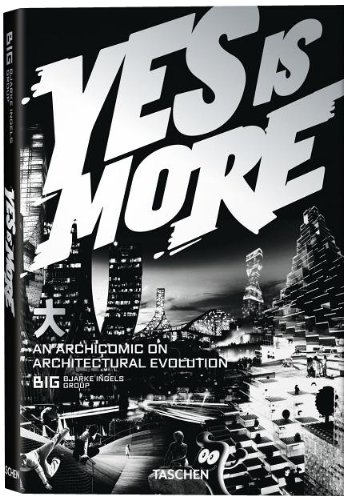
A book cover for Yes Is More: An Archicomic on Architectural Evolution; Bjarke Ingels; Arts & Photography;